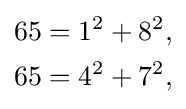
{\begin{aligned}65&=1^{2}+8^{2},\\65&=4^{2}+7^{2},\end{aligned}}